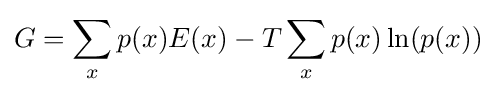
G=\sum _{x}p(x)E(x)-T\sum _{x}p(x)\ln(p(x))